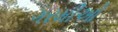
ગરમીઓ